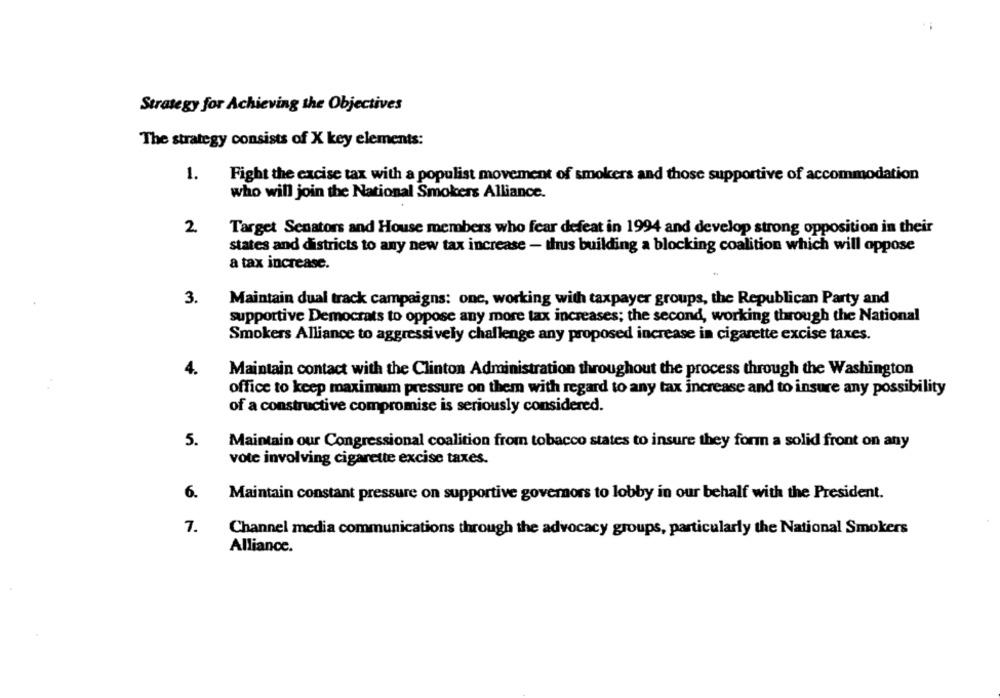
Strategy for Achieving the Objectives
The strategy consists of X key elements:
1.
Fight the excise tax with a populist movement of smokers and those supportive of accommodation
who will join the National Smokers Alliance.
2.
Target Senators and House members who fear defeat in 1994 and develop strong opposition in their
states and districts to any new tax increase - thus building a blocking coalition which will oppose
a tax increase.
3.
Maintain dual track campaigns: one, working with taxpayer groups, the Republican Party and
supportive Democrats to oppose any more tax increases; the second, working through the National
Smokers Alliance to aggressively challenge any proposed increase in cigarette excise taxes.
4.
Maintain contact with the Clinton Administration throughout the process through the Washington
office to keep maximum pressure on them with regard to any tax increase and to insure any possibility
of a constructive compromise is seriously considered.
5.
Maintain our Congressional coalition from tobacco states to insure they form a solid front on any
vote involving cigarette excise taxes.
6.
Maintain constant pressure on supportive governors to lobby in our behalf with the President.
7.
Channel media communications through the advocacy groups, particularly the National Smokers
Alliance.